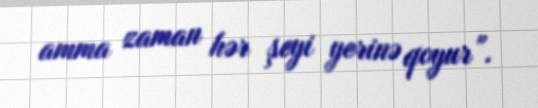
amma zaman hər şeyi yerinə qoyur”.